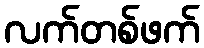
လက်တစ်ဖက်